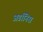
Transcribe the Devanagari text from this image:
अडॉनिस